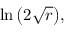
\ln { \bigl ( } 2 { \sqrt { r } } { \bigr ) } ,